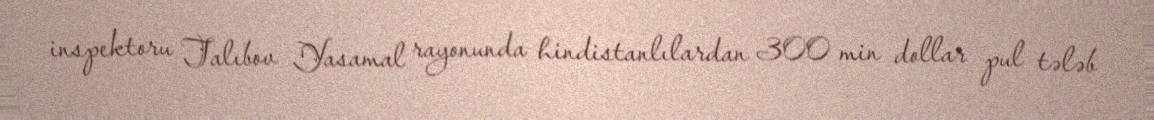
inspektoru Talıbov Yasamal rayonunda hindistanlılardan 300 min dollar pul tələb